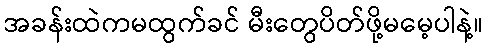
အခန်းထဲကမထွက်ခင် မီးတွေပိတ်ဖို့မမေ့ပါနဲ့။